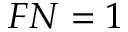
F N = 1